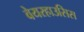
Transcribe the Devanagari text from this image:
वेयरहाउसिस